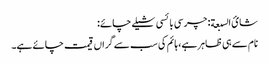
شائ السبعة: چرسی بائسی شیلے چائے:
نام سے ہی ظاہر ہے، ہائم کی سب سے گراں قیمت چائے ہے۔